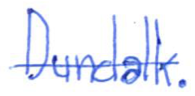
Text: Dundalk.
Cross-out: single-line
Writing tool: ballpoint